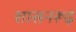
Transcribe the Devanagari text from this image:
शासनरूढ़